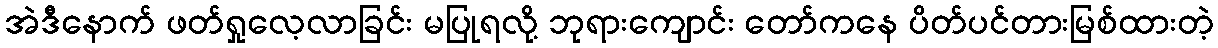
အဲဒီနောက် ဖတ်ရှုလေ့လာခြင်း မပြုရလို့ ဘုရားကျောင်း တော်ကနေ ပိတ်ပင်တားမြစ်ထားတဲ့